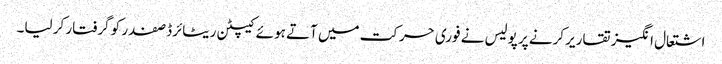
اشتعال انگیز تقاریر کرنے پر پولیس نے فوری حرکت میں آتے ہوئے کیپٹن ریٹائرڈ صفدر کو گرفتار کر لیا۔